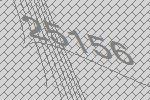
25156